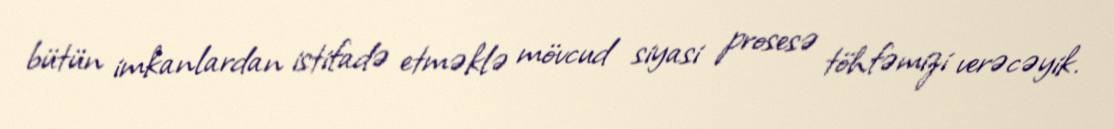
bütün imkanlardan istifadə etməklə mövcud siyasi prosesə töhfəmizi verəcəyik.